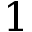
1